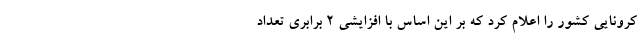
کرونایی کشور را اعلام کرد که بر این اساس با افزایشی 2 برابری تعداد